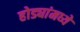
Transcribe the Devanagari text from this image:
होड्यांमध्ये